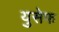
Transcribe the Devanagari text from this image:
युसेफ